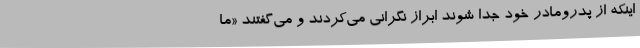
اینکه از پدرومادر خود جدا شوند ابراز نگرانی می‌کردند و می‌گفتند «ما